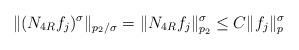
LaTeX: \begin{align*} \Vert(N_{4R}f_j)^\sigma \Vert_{p_2/\sigma}=\Vert N_{4R}f_j \Vert^{\sigma}_{p_2} \leq C\Vert f_j\Vert^{\sigma}_{p} \end{align*}